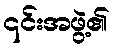
၎င်းအဖွဲ့၏